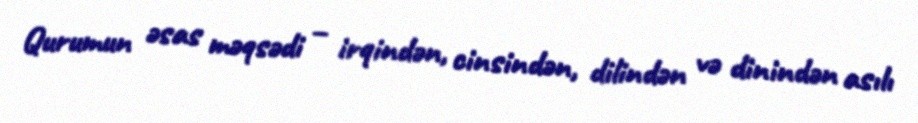
Qurumun əsas məqsədi – irqindən, cinsindən, dilindən və dinindən asılı